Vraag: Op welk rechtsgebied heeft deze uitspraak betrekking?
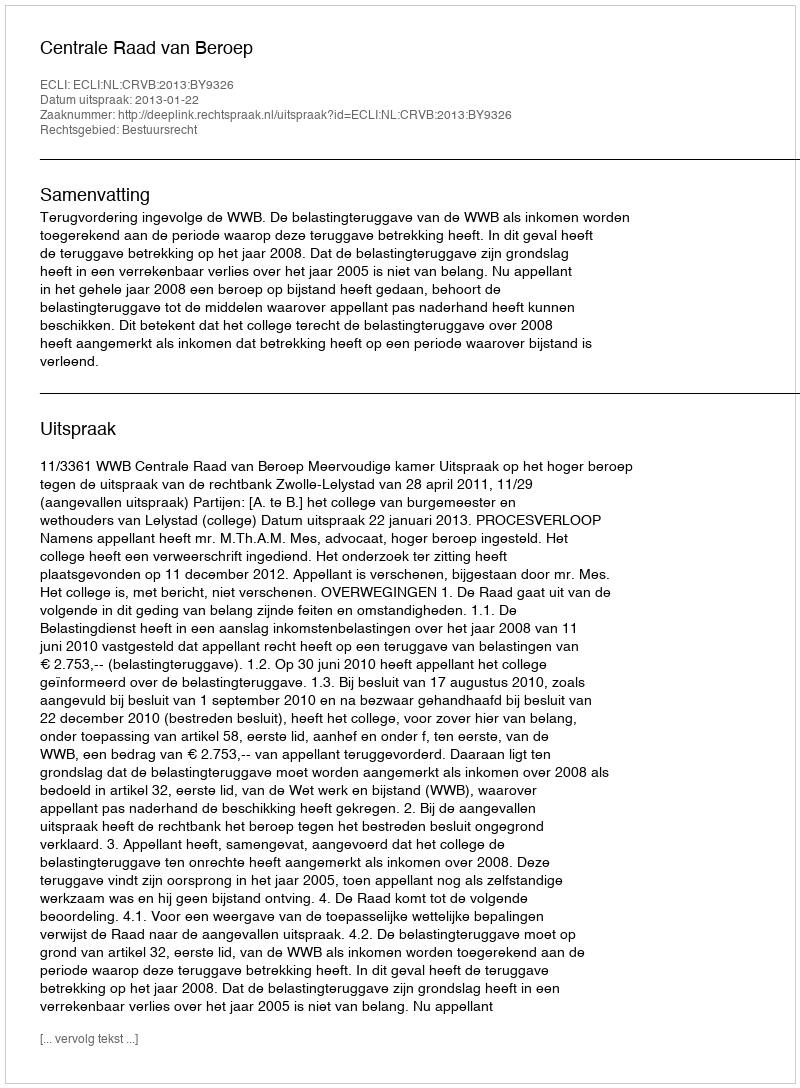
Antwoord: Bestuursrecht